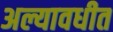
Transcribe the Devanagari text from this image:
अल्यावधीत